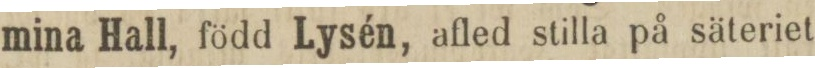
mina Hall, född Lysén, afled stilla på säteriet